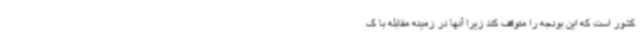
کشور است که این بودجه را متوقف کند زیرا آنها در زمینه مقابله با ک